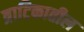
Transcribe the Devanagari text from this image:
त्राटिकातील